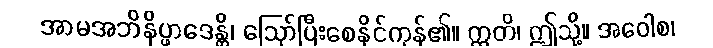
အာမအဘိနိပ္ဖာဒေန္တိ၊ ဩော်ပြီးစေနိုင်ကုန်၏။ ဣတိ၊ ဤသို့။ အဝေါစ၊